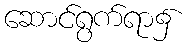
ဆောင်ရွက်ရာ၌